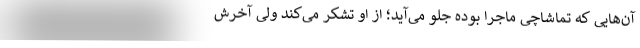
آن‌هایی که تماشاچی ماجرا بوده جلو می‌آید؛ از او تشکر می‌کند ولی آخرش